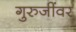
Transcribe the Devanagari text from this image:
गुरुजींवर